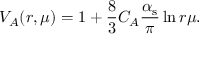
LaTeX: V _ { A } ( r , \mu ) = 1 + { \frac { 8 } { 3 } } C _ { A } { \frac { \alpha _ { \mathrm { s } } } { \pi } } \ln { r \mu } .